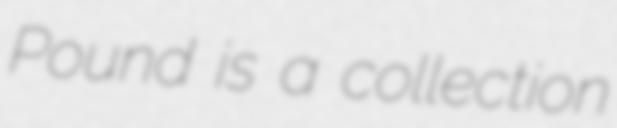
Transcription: Pound is a collection